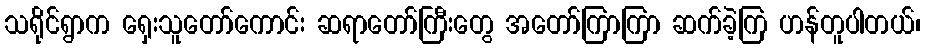
သရိုင်ရွာက ရှေးသူတော်ကောင်း ဆရာတော်ကြီးတွေ အတော်ကြာကြာ ဆက်ခဲ့ကြ ဟန်တူပါတယ်၊